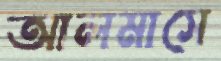
আলমাসে